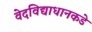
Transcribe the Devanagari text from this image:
वेदविद्याधानकडे